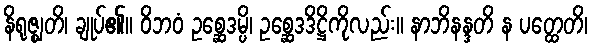
နိရုဇ္ဈတိ၊ ချုပ်၏။ ဝိဘဝံ ဥစ္ဆေဒမ္ပိ၊ ဥစ္ဆေဒဒိဋ္ဌိကိုလည်း။ နာဘိနန္ဒတိ န ပတ္ထေတိ၊